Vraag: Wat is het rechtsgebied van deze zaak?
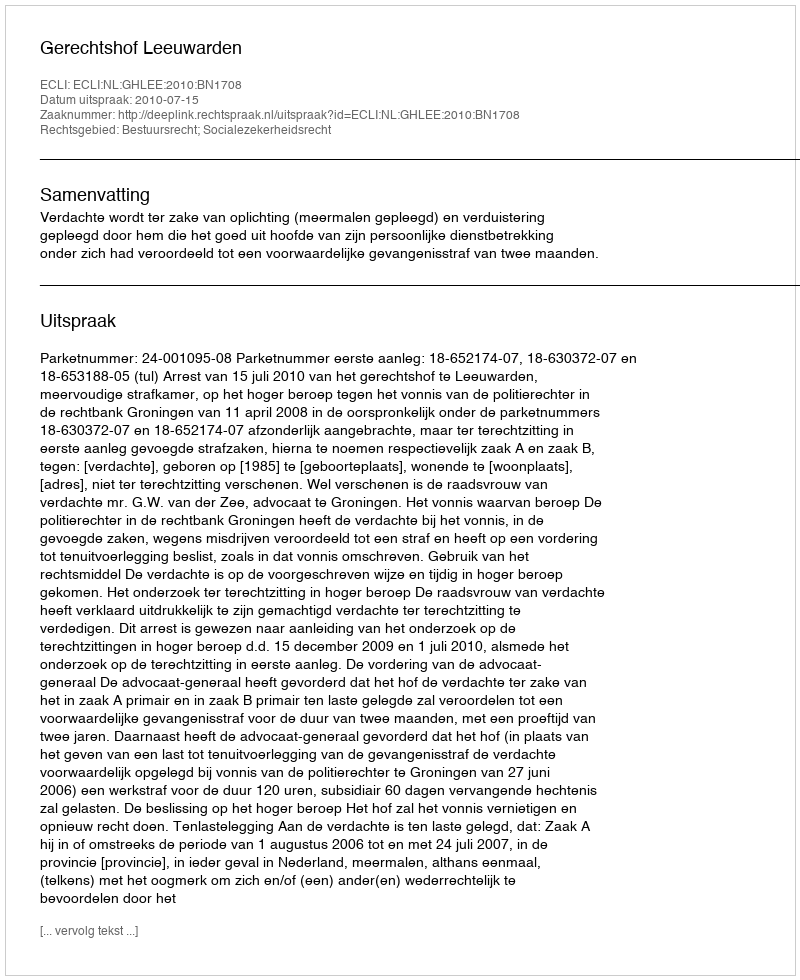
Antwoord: Bestuursrecht; Socialezekerheidsrecht